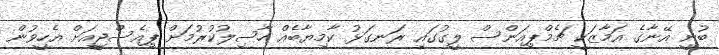
ބުނީ އޭނާގެ އަމާޒަކީ ޗެމްޕިއަންސް ލީގުގައި ރަނގަޅު ކާމިޔާބެއް ހާސިލުކުރުމަށް ޕިއެސްޖީއަށް އެހީވުން